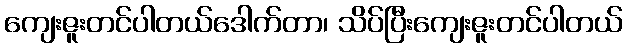
ကျေးဇူးတင်ပါတယ်ဒေါက်တာ၊ သိပ်ပြီးကျေးဇူးတင်ပါတယ်